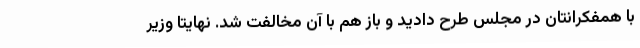
با همفکرانتان در مجلس طرح دادید و باز هم با آن مخالفت شد. نهایتا وزیر